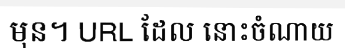
មុន។ URL ដែល នោះចំណាយ